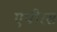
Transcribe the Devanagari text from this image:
एपीरस